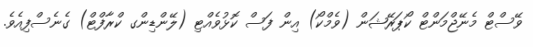
ވޭސްޓް މެނޭޖްމަންޓް ކޯޕަރޭޝަން (ވެމްކޯ) އިން ފަސް ކޮޅުވެއްޓި (ލޭންޑިންގ ކްރާފްޓް) ގެނެސްފިއެވެ.